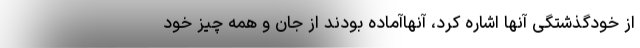
از خودگذشتگی آنها اشاره کرد، آنهاآماده بودند از جان و همه چیز خود